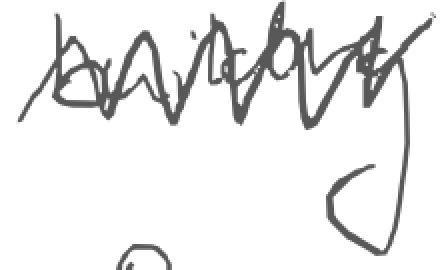
Text: building
Cross-out: zig-zag
Writing tool: digital_gray